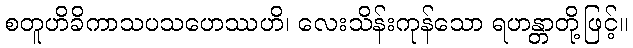
စတူဟိခိကာသပသဟေဿဟိ၊ လေးသိန်းကုန်သော ရဟန္တာတို့ဖြင့်။